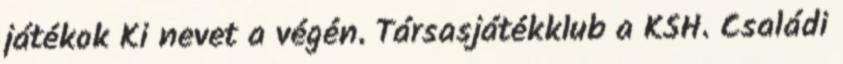
játékok Ki nevet a végén. Társasjátékklub a KSH. Családi